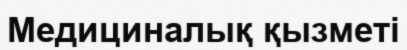
Медициналық қызметі